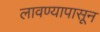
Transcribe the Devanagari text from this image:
लावण्यापासून